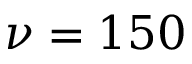
\nu = 1 5 0